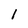
Character: l